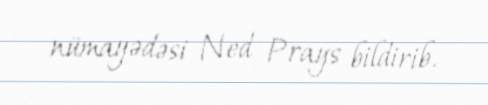
nümayədəsi Ned Prays bildirib.